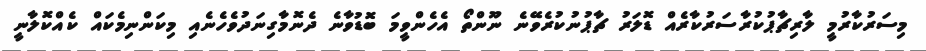
މިސަރުކާރުމީ ލާރިޗާޕުކުރާސަރުކާރެއް ޑޮލަރު ޗާޕުނުކުރެވޭނެ ނޫންތޯ އެހެންވީމަ ބޮޑުވާނެ ދެނޮމާގިނަދުވެހެނެއި މިކަންނިމެކައް ކެއްކޮލާނީ